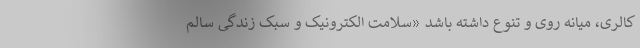
کالری، میانه روی و تنوع داشته باشد «سلامت الکترونیک و سبک زندگی سالم